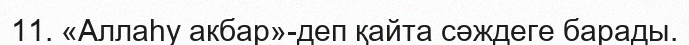
11. «Аллаһу акбар»-деп қайта сәждеге барады.